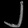
Digit: ၂